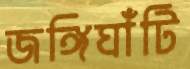
জঙ্গিঘাঁটি